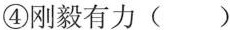
④刚毅有力( )